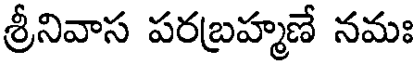
శ్రీనివాస పరబ్రహ్మణే నమః